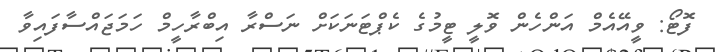
ފޮޓޯ: ވީއޭއެމް އަންހެން ވޮލީ ޓީމުގެ ކެޕްޓަނަކަށް ނަސްރާ އިބްރާހީމް ހަމަޖައްސާފައިވާ